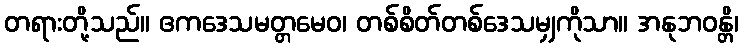
တရားတို့သည်။ ဧကဒေသမတ္တမေဝ၊ တစ်စိတ်တစ်ဒေသမျှကိုသာ။ အနုဘဝန္တိ၊